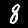
Label: 8